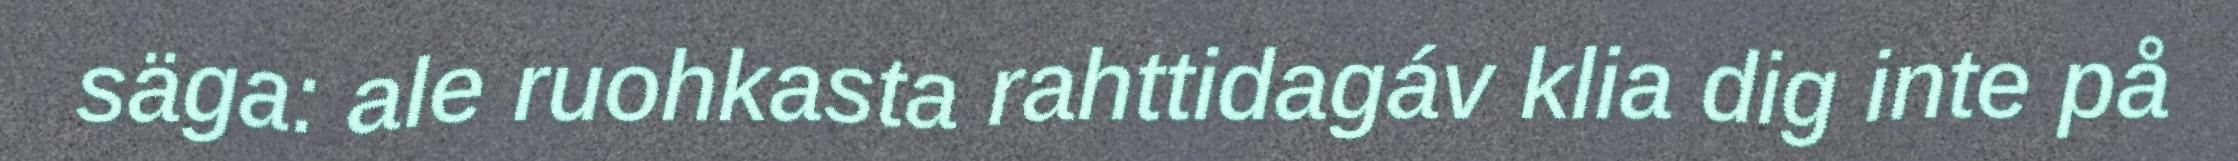
säga: ale ruohkasta rahttidagáv klia dig inte på